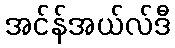
အင်န်အယ်လ်ဒီ